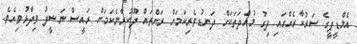
އެމްޑީޕީގެ ސަރުކާރެއްގައި ދިގު މުއްދަތަކަށް ދަނޑުވެރިކަމަށް ރަށްތައް ދޫކުރާނެކަމަށް ރައީސް ނަޝީދު ވިދާޅުވިއެވެ.